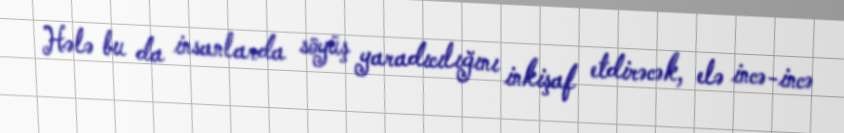
Hələ bu da insanlarda söyüş yaradıcılığını inkişaf etdirəcək, elə incə-incə